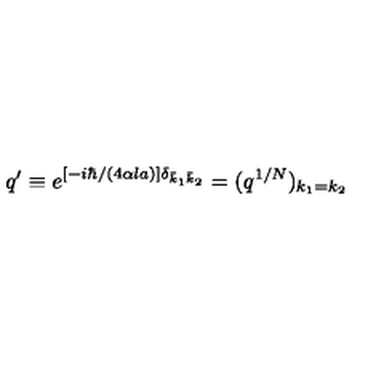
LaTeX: q ^ { \prime } \equiv e ^ { [ - i \hbar / ( 4 \alpha l a ) ] \delta _ { \bar { k } _ { 1 } \bar { k } _ { 2 } } } = ( q ^ { 1 / N } ) _ { k _ { 1 } = k _ { 2 } }